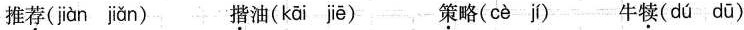
推\underline{荐}( jiàn jǎn ) \underline{揩}油( kāi jiē ) \underline{策}略( cè jí ) 牛\underline{犊}( dú dū )